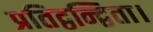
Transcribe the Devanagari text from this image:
प्रतिद्वन्द्विता।